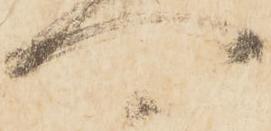
可